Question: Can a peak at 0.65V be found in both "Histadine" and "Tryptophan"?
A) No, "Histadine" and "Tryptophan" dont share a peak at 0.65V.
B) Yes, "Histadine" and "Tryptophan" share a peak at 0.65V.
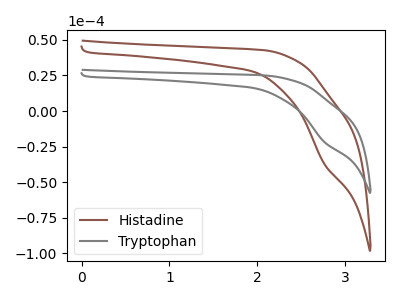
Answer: <think>The brown curve "Histadine" has a cathodic peak at: (2.75V, -37.10uA). The gray curve "Tryptophan" has a cathodic peak at: (2.75V, -21.70uA).</think>
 <answer>A) No, "Histadine" and "Tryptophan" dont share a peak at 0.65V.</answer>
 <eval>A</eval>